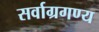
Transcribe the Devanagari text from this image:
सर्वाग्रगण्य